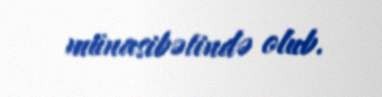
münasibətində olub.